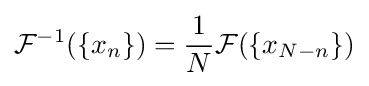
{\mathcal {F}}^{-1}(\{x_{n}\})={\frac {1}{N}}{\mathcal {F}}(\{x_{N-n}\})